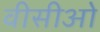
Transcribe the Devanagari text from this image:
वीसीओ